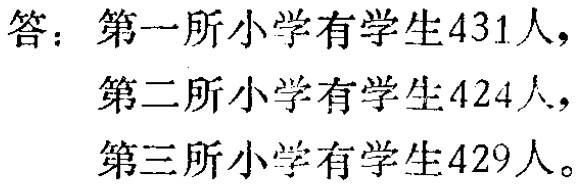
答：第一所小学有学生431人，
第二所小学有学生424人，
第三所小学有学生429人。